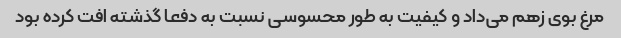
مرغ بوی زهم می‌داد و کیفیت به طور محسوسی نسبت به دفعا گذشته افت کرده بود